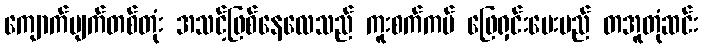
ကျောက်မျက်တစ်တုံး အသင့်ဖြစ်နေလေသည် ကူးစက်ကပ် ဖြေရှင်းပေးမည် တအူတုံဆင်း